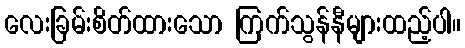
လေးခြမ်းစိတ်ထားသော ကြက်သွန်နီများထည့်ပါ။